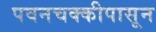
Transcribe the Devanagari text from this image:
पवनचक्कीपासून